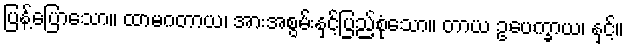
ပြန့်ပြောသော။ ထာမဂတာယ၊ အားအစွမ်းနှင့်ပြည့်စုံသော။ တာယ ဥပေက္ခာယ၊ နှင့်။